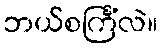
ဘယ်စင်္ကြံလဲ။